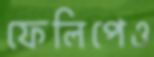
ফেলিপেও